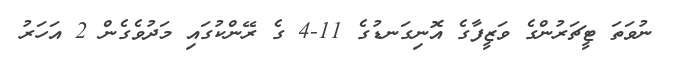
ނުވަތަ ޓީޗަރުންގެ ވަޒީފާގެ އޮނިގަނޑުގެ 11-4 ގެ ރޭންކުގައި މަދުވެގެން 2 އަހަރު